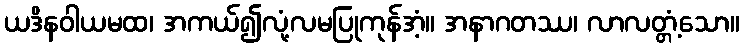
ယဒိနဝါယမထ၊ အကယ်၍လုံ့လမပြုကုန်အံ့။ အနာဂတဿ၊ လာလတ္တံ့သော။